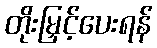
တိုးမြှင့်ပေးရန်